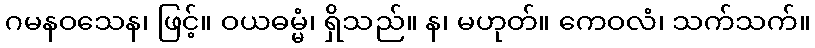
ဂမနဝသေန၊ ဖြင့်။ ဝယဓမ္မံ၊ ရှိသည်။ န၊ မဟုတ်။ ကေဝလံ၊ သက်သက်။